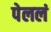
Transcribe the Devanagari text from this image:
पेललं